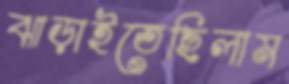
ঝাড়াইতেছিলাম